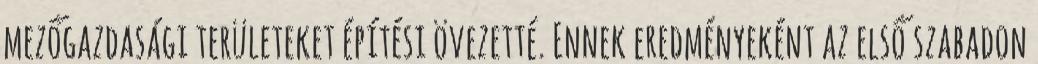
mezőgazdasági területeket építési övezetté. Ennek eredményeként az első szabadon